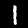
Digit: 1